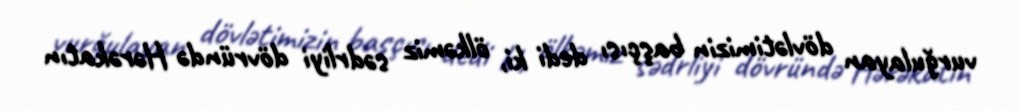
vurğulayan dövlətimizin başçısı dedi ki, ölkəmiz sədrliyi dövründə Hərəkatın